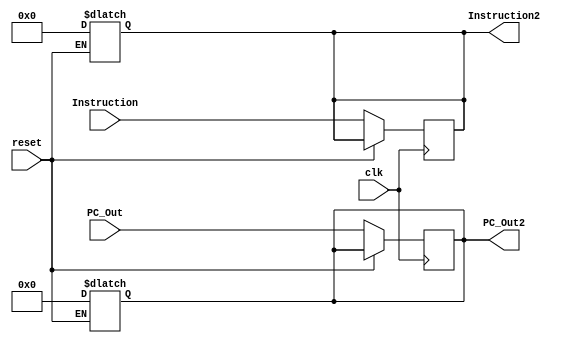
module IF_ID
(
   input [63:0] PC_Out,
   input [31:0] Instruction,
   input clk,
   input reset,
   output reg [63:0] PC_Out2,
   output reg [31:0] Instruction2
   
);

always@(reset)
begin
  if (reset == 1'b1)
    begin
    PC_Out2 <= 64'b0;
    Instruction2 <= 64'b0;
    end
  end
  

always@(posedge clk)
begin
  if (reset == 1'b0)
    begin
    PC_Out2 <= PC_Out;
    Instruction2 <= Instruction;
    end
end
  
endmodule